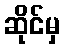
ဆိုင်မှ